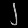
Digit: ၂